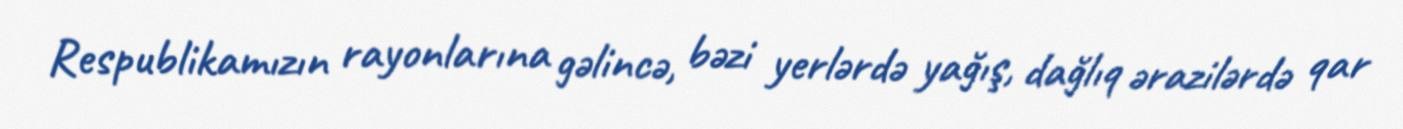
Respublikamızın rayonlarına gəlincə, bəzi yerlərdə yağış, dağlıq ərazilərdə qar